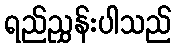
ရည်ညွှန်းပါသည်